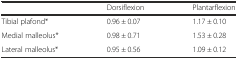
|  | Dorsiflexion | Plantarflexion |
 | --- | --- | --- |
 | Tibial plafond* | 0.96 ± 0.07 | 1.17 ± 0.10 |
 | Medial malleolus* | 0.98 ± 0.71 | 1.53 ± 0.28 |
 | Lateral malleolus* | 0.95 ± 0.56 | 1.09 ± 0.12 |